Report on sanitation, dispensaries, and jails in Rajputana for 1920, and on vaccination for the year 1920-1921 - 1920-1921
Year: 1920
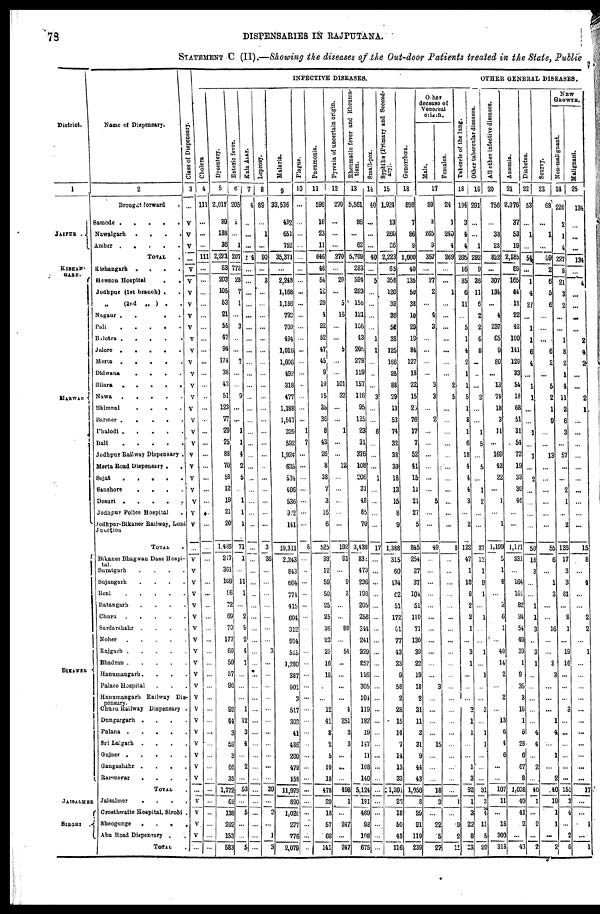
78
DISPENSARIES IN RAJPUTANA.
STATEMENT C (II).—Showing the diseases of the Out-door Patients treated in the State, Public
District.
1
JAIPUR .
KISHAN-
GARH.
MARWAR
BIKANER
JAISALMER
SIROHI
.
Name of Dispensary.
2
Brought forward .
Samode
.....
Nawalgarh
....
Amber
.....
TOTAL .
Kishangarh
....
Hewson Hospital
..
Jodhpur (1st branch) ..
„ (2nd „ ) ..
Nagaur
....
Pali
.....
Balotra
.....
Jalore
.....
Merta
....
Didwana
....
Bilara
....
Nawa
.....
Bhimnal
....
Barmer
.....
Phalodi
.....
Bali .....
Jodhpur Railway Dispensary .
Merta Road Dispensary ..
Sojat
.....
Sanchore
.....
Desuri
.....
Jodhpur Police Hospital .
Jodhpur-Bikaner Railway, Luni
Junction
TOTAL .
Bikaner Bhagwan Dass Hospi-
tal.
Suratgarh ....
Sujangarh ....
Reni
.....
Ratangarh ....
Churu
....
Sardarshahr ....
Noher .....
Rajgarh .....
Bhadran .....
Hanumangarh....
Palace Hospital ...
Hanumangarh Railway Dis-
pensary.
Churu Railway Dispensary.
Dungargarh ....
Palana .....
Sri Lalgarh ....
Gujner .....
Gangashahr
.....
Ramnagar
....
TOTAL.
Jaisalmer
....
Crosthwaite Hospital, Sirohi .
Sheogunge
....
Abu Road Dispensary ..
TOTAL.
Class of Dispensary.
3
...
V
V
V
...
V
V
V
V
V
V
V
V
V
V
V
V
V
V
V
V
V
V
V
V
V
V
V
...
V
V
V
V
V
V
V
V
V
V
V
V
V
V
V
V
V
V
V
V
...
V
V
V
V
...
INFECTIVE DISEASES.
Cholera
4
111
...
...
...
111
...
...
...
...
...
...
...
...
...
...
...
...
...
...
...
...
...
...
...
...
...
...
...
...
...
...
...
...
...
...
...
...
...
...
...
...
...
...
...
...
...
...
...
...
...
...
...
...
...
...
Dysentery.
5
2,017
30
138
36
2,221
83
203
105
53
21
55
47
94
174
38
43
51
123
77
29
25
88
70
58
12
19
21
20
1,426
247
361
109
56
72
69
70
177
60
50
57
96
92
44
3
59
3
46
35
1,772
69
138
292
153
583
Enteric fever.
6
205
1
...
1
207
772
28
7
1
...
3
...
...
7
...
...
9
...
...
1
1
4
2
5
...
1
1
1
71
1
...
11
1
...
2
9
2
4
1
...
...
...
1
12
3
4
...
2
...
53
...
5
...
...
5
Kala Azar.
7
4
...
...
...
4
...
...
...
...
...
...
...
...
...
...
...
...
...
...
...
...
...
...
...
...
...
...
...
...
...
...
...
...
...
...
...
...
...
...
...
...
...
...
...
...
...
...
...
...
...
...
...
...
...
...
Leprosy.
8
89
...
1
...
90
...
3
...
...
...
...
...
...
...
...
...
...
...
...
...
...
...
...
...
...
...
...
...
3
36
...
...
...
...
...
...
...
3
...
...
...
...
...
...
...
...
...
...
...
39
...
2
...
1
3
Malaria.
9
33,536
432
651
752
35,371
...
2,248
1,168
1,186
793
709
494
1,016
1,606
492
318
477
1,188
1,547
329
592
1,924
635
534
406
536
972
141
19,311
2,243
843
604
774
415
604
312
914
515
1,280
387
901
3
517
303
41
486
200
479
158
11,979
890
1,020
277
776
2,079
Plague.
10
...
...
...
...
...
...
...
...
...
...
...
...
...
...
...
...
...
...
...
1
7
...
...
...
...
...
...
...
8
...
..
...
...
...
...
...
...
...
...
...
...
...
...
...
...
...
...
...
...
...
...
...
...
...
...
Pneumonia.
11
596
16
23
11
646
46
54
12
20
4
22
52
47
45
9
19
15
35
36
8
43
26
8
38
7
3
16
6
525
93
12
59
50
25
25
36
23
25
16
18
...
...
12
41
3
2
5
10
18
478
20
18
57
66
141
Pyrexia of uncertain origin.
12
270
...
...
...
270
...
20
...
5
16
...
...
5
...
...
101
32
...
...
1
...
...
12
...
...
...
...
...
192
91
...
9
3
...
...
80
...
54
...
...
...
...
4
251
3
3
...
...
...
498
1
...
247
...
247
Rheumatic fever and Rheuma-
tism.
13
5,561
86
...
62
5,709
283
594
293
158
121
156
43
205
278
119
157
116
95
125
23
31
376
108
206
31
48
85
70
3,438
832
473
236
198
205
258
344
241
229
857
116
305
104
119
182
19
147
11
108
140
5,124
191
469
98
108
675
Small-pox.
14
40
...
...
...
40
...
5
...
...
...
...
1
1
...
...
...
3
...
...
6
...
...
...
1
...
...
...
...
17
...
...
...
...
...
...
...
...
...
...
...
...
...
...
...
...
...
...
...
...
...
...
...
...
...
...
Syphilis (Primary and Second-
ary).
15
1,924
13
260
26
2,223
65
358
120
39
36
52
38
125
166
25
88
29
13
53
74
32
38
39
18
13
15
8
9
1,388
315
60
134
62
51
172
61
77
43
33
9
58
2
28
15
14
7
14
13
33
1,201
28
18
50
43
116
Gonorrhœa.
16
398
7
86
9
1,000
40
135
50
38
10
29
19
84
127
18
22
15
25
76
17
7
52
41
15
11
21
27
5
845
254
27
37
104
51
110
71
130
39
22
19
18
2
31
11
3
31
9
44
43
1,056
8
29
91
119
239
Other
decease of
Venereal
origin.
Male.
Females.
17
80
3
265
9
357
...
27
2
...
4
3
...
...
...
...
3
3
...
2
...
...
...
...
...
...
5
...
...
49
...
...
...
...
...
...
...
...
...
...
...
3
...
...
...
...
15
...
...
...
18
3
...
22
5
27
24
1
240
4
269
...
...
1
...
...
...
...
...
...
...
2
5
...
...
...
...
...
...
...
...
...
...
...
8
...
...
...
...
...
...
...
...
...
...
...
...
...
...
...
...
...
...
...
...
...
1
...
9
2
11
Tubercle of the lung.
18
194
3
4
4
205
16
35
6
11
...
5
1
4
2
1
1
5
1
8
1
6
18
4
4
4
3
...
2
122
47
1
18
8
2
2
1
...
3
1
...
...
...
3
1
1
...
...
1
3
92
1
3
22
8
33
OTHER GENERAL DISEASES.
Other tubercular diseases.
19
291
...
...
1
292
9
36
11
6
2
2
6
8
...
...
...
2
...
...
1
5
...
5
...
1
2
...
...
37
12
1
9
1
...
1
...
...
1
...
1
...
...
3
...
1
1
...
...
...
31
3
4
11
5
20
All other infective diseases.
20
756
...
38
28
822
...
307
134
...
4
237
65
9
89
...
13
74
18
3
11
...
169
42
22
...
1
...
1
1,199
5
1
4
...
3
6
1
...
40
14
2
...
2
...
13
6
4
6
...
...
107
11
...
18
300
318
Anæmia.
21
2,076
37
53
19
2,185
69
165
44
18
22
42
100
141
129
33
54
18
68
51
31
54
72
19
33
30
46
...
...
1,171
331
...
164
101
82
34
54
49
39
1
9
36
3
19
1
6
28
6
67
8
1,038
49
41
2
...
43
Diabetes.
22
53
...
1
...
54
...
1
4
27
...
1
1
6
4
...
1
1
...
...
1
...
1
...
2
...
...
...
...
50
18
3
...
...
1
1
3
...
3
1
...
...
...
...
...
4
4
...
2
...
40
1
...
2
...
2
Scurvy.
23
68
...
1
...
69
2
6
5
6
...
...
...
6
2
...
5
2
1
9
...
...
13
...
...
...
...
...
...
55
6
...
1
3
...
...
16
...
...
3
3
...
...
...
1
4
...
1
...
2
40
19
1
1
...
2
NEW
GROWTH.
Non-malignant.
24
220
2
1
4
227
8
21
3
2
...
...
1
8
2
1
4
11
2
6
3
...
57
...
...
2
1
...
2
126
17
3
3
81
...
8
1
...
19
16
...
...
...
3
...
...
...
...
...
...
151
3
4
...
2
6
Malignant.
25
134
...
...
...
134
...
4
...
...
...
...
2
4
2
...
...
2
1
...
...
...
...
...
...
...
...
...
...
15
8
...
4
...
...
2
2
...
1
...
...
...
...
...
...
...
...
...
...
...
17
...
...
1
...
1